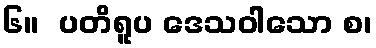
၆။  ပတိရူပ ဒေသဝါသော စ၊